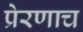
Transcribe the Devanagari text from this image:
प्रेरणाच